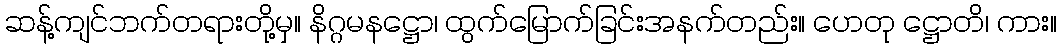
ဆန့်ကျင်ဘက်တရားတို့မှ။ နိဂ္ဂမနဋ္ဌော၊ ထွက်မြောက်ခြင်းအနက်တည်း။ ဟေတု ဋ္ဌောတိ၊ ကား။